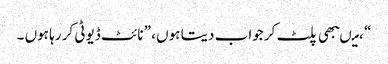
“ ،میںبھی پلٹ کر جواب دیتا ہوں ، ”نائٹ ڈیوٹی کر رہا ہوں ۔